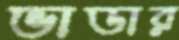
ভাডার